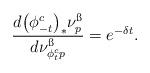
LaTeX: \begin{align*}\frac{d\big(\phi^c_{-t}\big)_*\nu^{\ss}_p}{d\nu^{\ss}_{\phi^c_tp}}=e^{-\delta t}.\end{align*}